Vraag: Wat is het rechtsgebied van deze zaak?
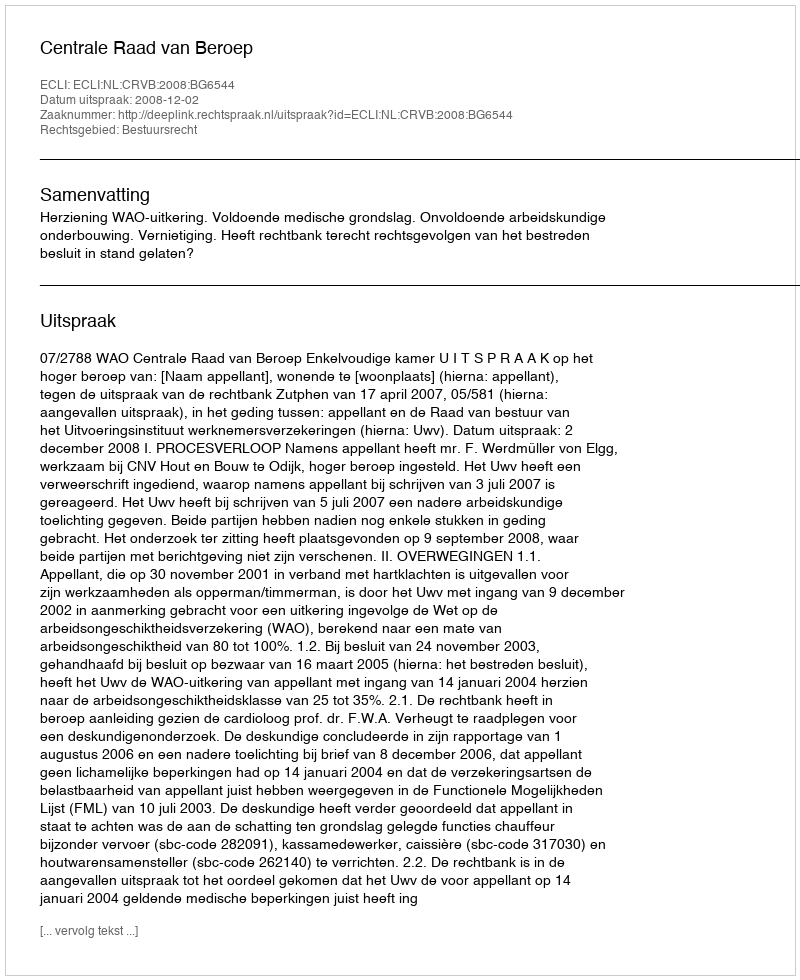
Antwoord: Bestuursrecht